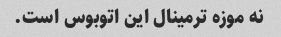
نه موزه ترمینال این اتوبوس است.